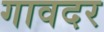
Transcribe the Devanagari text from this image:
गावदर